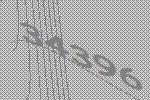
34396